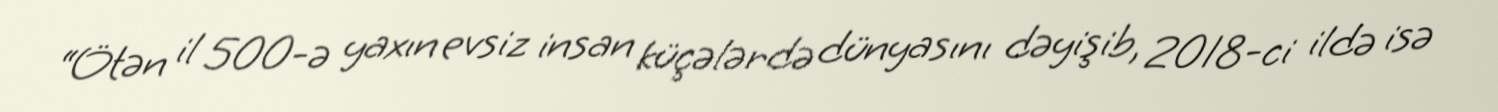
“Ötən il 500-ə yaxın evsiz insan küçələrdə dünyasını dəyişib, 2018-ci ildə isə